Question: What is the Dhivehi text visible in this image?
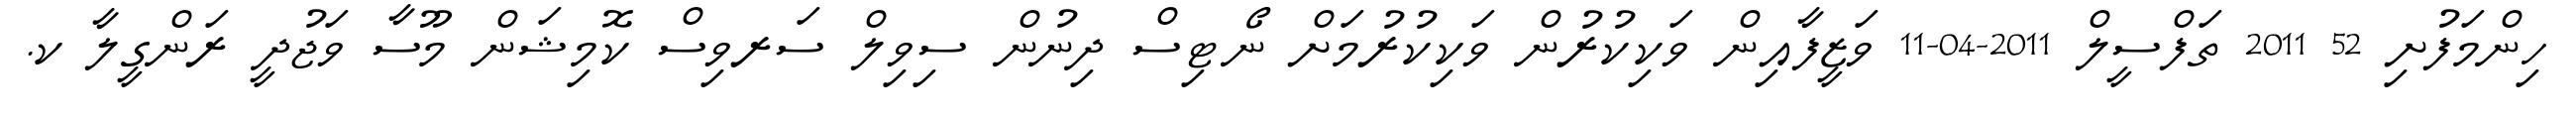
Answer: ހިންމަފުށި 52 2011 ތަފްސީލް 2011-04-11 ވަޒީފާއިން ވަކިކުރުން ވަކިކުރުމަށް ނޯޓިސް ދިނުން ސިވިލް ސަރވިސް ކޮމިޝަން މޫސާ ވަޖުދީ ރަންގީލާ ކ.